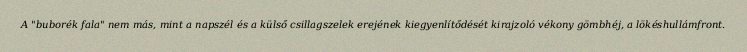
A "buborék fala" nem más, mint a napszél és a külső csillagszelek erejének kiegyenlítődését kirajzoló vékony gömbhéj, a lökéshullámfront.